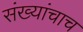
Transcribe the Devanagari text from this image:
संख्यांचाच